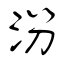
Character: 汾